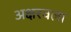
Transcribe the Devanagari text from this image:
अक्षरवला